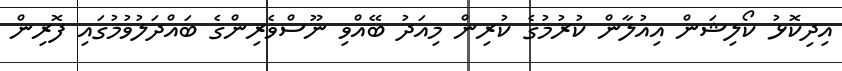
އިދިކޮޅު ކޯލިޝަން އިއުލާން ކުރުމުގެ ކުރިން މިއަދު ބޭއްވި ނޫސްވެރިންގެ ބައްދަލުވުމުގައި ފޮރިން